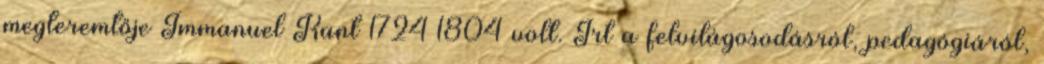
megteremtője Immanuel Kant 1724–1804 volt. Írt a felvilágosodásról, pedagógiáról,